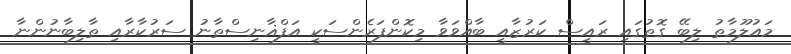
މައުލޫމާތު ލިބޭ ގޮތުގައި ރައީސް ކަރުޒާއީ ބާއްވަވާ މިކޮންފަރެންސަކީ އަފްޣާނިސްތާނު ސަރުކާރާއި ތާލިބާނުންނާ